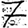
Digit: 7